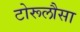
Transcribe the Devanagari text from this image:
टोरूलौसा